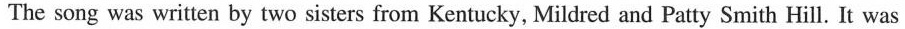
The song was written by two sisters from Kentucky, Mildred and Patty Smith Hill. It was